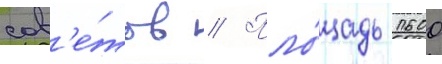
сов'е́тов // Пло́щадь 1600